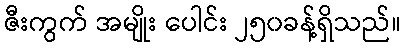
ဇီးကွက် အမျိုး ပေါင်း ၂၅၀ခန့်ရှိသည်။